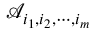
\mathcal A _ { i _ { 1 } , i _ { 2 } , \cdots , i _ { m } }